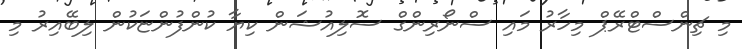
މި ޗިންސްޓްރޭޕް މިހާރު މައި ސްނޯރިންގް ސޮލިއުޝަން ކިޔާ ކުންފުންޏަކުން ލިބޭއިރު މި